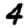
Digit: 4